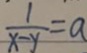
\frac { 1 } { x - y } = a